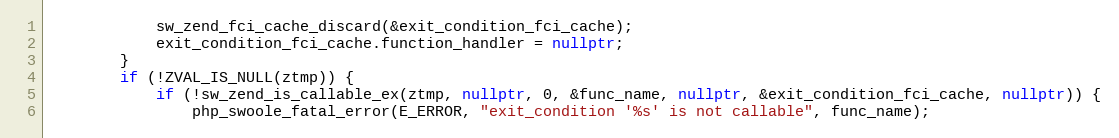
Language: C++
            sw_zend_fci_cache_discard(&exit_condition_fci_cache);
            exit_condition_fci_cache.function_handler = nullptr;
        }
        if (!ZVAL_IS_NULL(ztmp)) {
            if (!sw_zend_is_callable_ex(ztmp, nullptr, 0, &func_name, nullptr, &exit_condition_fci_cache, nullptr)) {
                php_swoole_fatal_error(E_ERROR, "exit_condition '%s' is not callable", func_name);